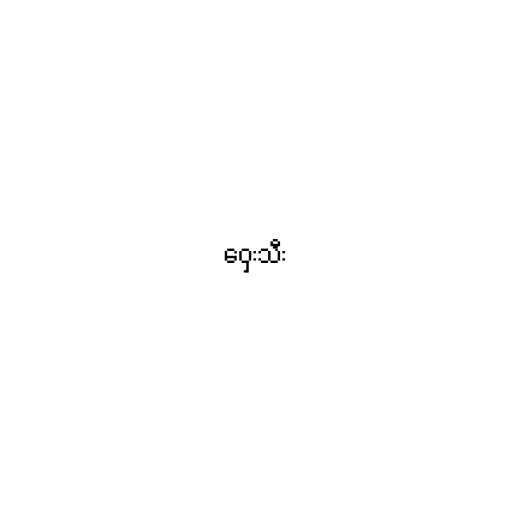
ဝှေးသီး